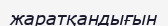
жаратқандығын